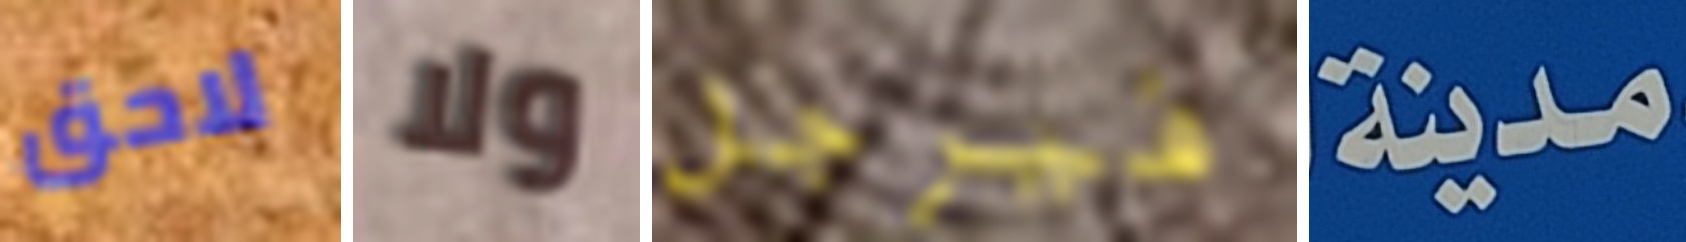
لاحق ولا فيرجل مدينة